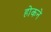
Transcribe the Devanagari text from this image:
होकने